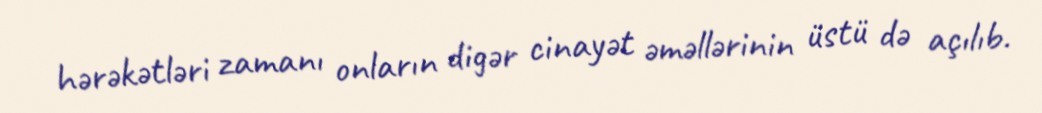
hərəkətləri zamanı onların digər cinayət əməllərinin üstü də açılıb.